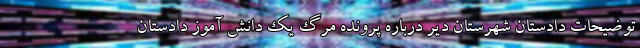
توضیحات دادستان شهرستان دیر درباره پرونده مرگ یک دانش آموز دادستان